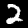
Label: 2